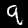
Label: 9